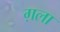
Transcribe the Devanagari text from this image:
ग़ला